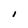
Character: I